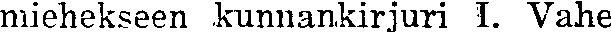
miehekseen kunnankirjuri 1. Vahe